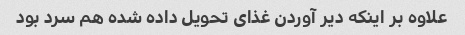
علاوه بر اینکه دیر آوردن غذای تحویل داده شده هم سرد بود